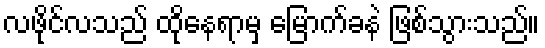
လဖိုင်လသည် ထိုနေရာမှ မြောက်ခနဲ ဖြစ်သွားသည်။